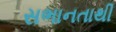
સભાનતાથી